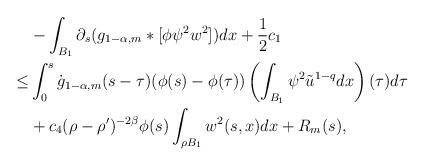
LaTeX: \begin{align*}& -\int_{B_{1}}\partial_{s}(g_{1-\alpha,m}*[\phi\psi^{2}w^{2}])dx +\frac{1}{2}c_{1} \\\leq & \int_{0}^{s}\dot{g}_{1-\alpha,m}(s-\tau)(\phi(s)-\phi(\tau))\left( \int_{B_{1}}\psi^{2}\tilde{u}^{1-q}dx \right)(\tau)d\tau \\& + c_{4}(\rho-\rho')^{-2\beta}\phi(s)\int_{\rho B_{1}}w^{2}(s,x)dx + R_{m}(s),\end{align*}